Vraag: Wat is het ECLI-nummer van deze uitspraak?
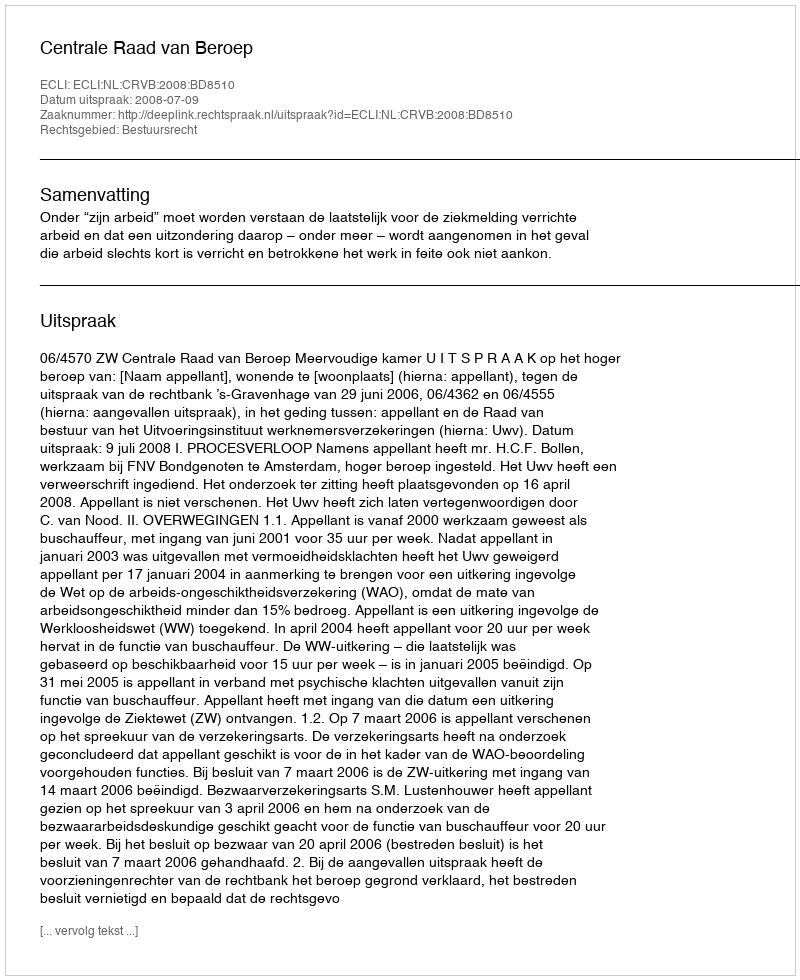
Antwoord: ECLI:NL:CRVB:2008:BD8510